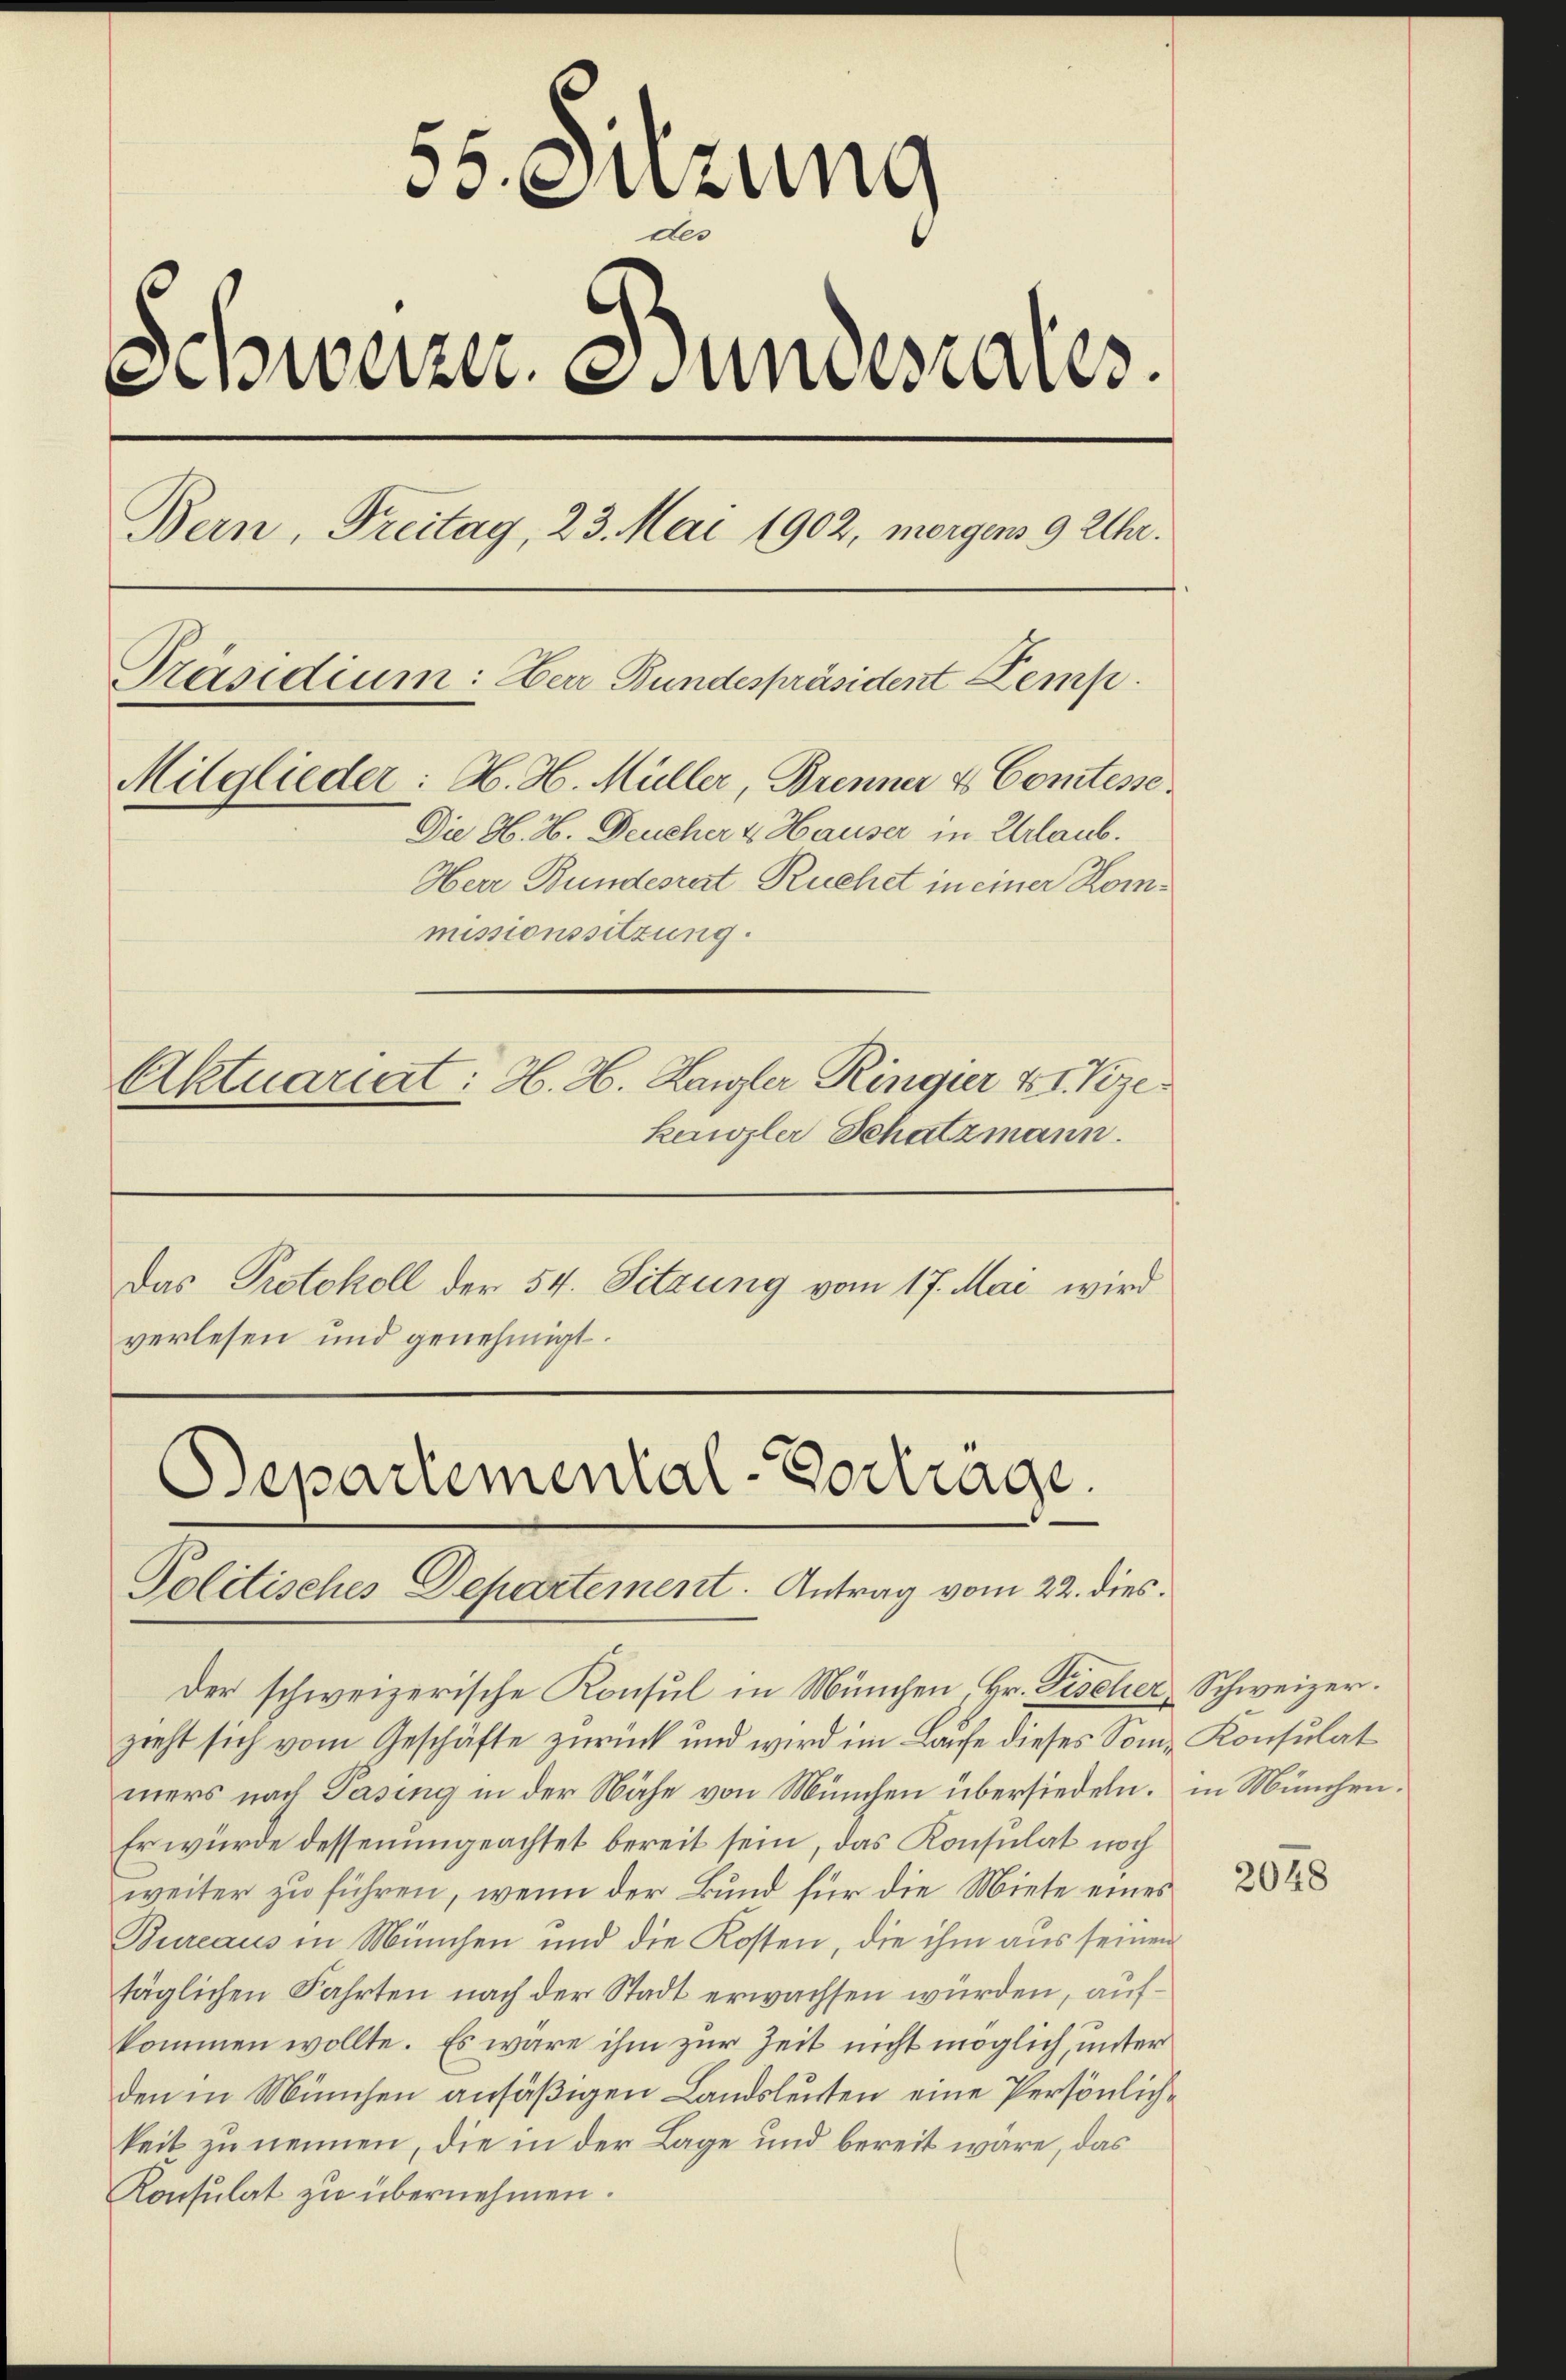
55. Sitzung
des
Sweizer. Stundesrates.
Bern, Freitag, 23. Mai 1902, morgens 9 Uhr.
Präsidium: Herr Bundespräsident Zemp.
Mitglieder: H. H. Müller, Brenner & Comtesse.
Die H. H. Deucher & Hauser in Urlaub.
Herr Bundesrat Ruchet in einer Kommissionssitzung.
Aktuariat: H. H. Kanzler Ringier v. 1. Vize
kanzler Schatzmann.

verlesen und genehmigt.

Das Protokoll der 54. Sitzung vom 17. Mai wird

Departemental-Vortrage.
Politisches Departement. Antrag vom 22. dies

der schweizerische Konsul in München Hr. Fischer Schweizer.
zieht sich vom Geschäfte zurück und wird im Laufe dieses Som- Konsulat
mers nach Pasing in der Nähe von München übersiedeln. in München.
Er würde dessenungeachtet bereit sein, das Konsulat noch
weiter zu führen, wenn der Bund für die Miete eines
Bureaus in München und die Kosten, die ihm aus seinen
täglichen Fahrten nach der Stadt erwachsen würden, aufkommen wollte. Es wäre ihm zur Zeit nicht möglich, unter
den in München ansäßigen Landsleuten eine Persönlichkeit zu nennen, die in der Lage und bereit wäre, das
Konsulat zu übernehmen.

2048